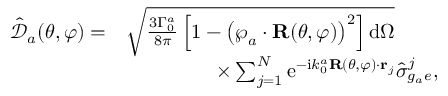
\begin{array} { r l } { \mathcal { \hat { \mathcal { D } } } _ { a } ( \theta , \varphi ) = } & { \sqrt { \frac { 3 \Gamma _ { 0 } ^ { a } } { 8 \pi } \left[ 1 - \left( \boldsymbol { \wp } _ { a } \cdot \mathbf { R } ( \theta , \varphi ) \right) ^ { 2 } \right] \mathrm { d } \Omega } } \\ & { \; \; \; \; \; \; \; \; \; \; \; \; \; \; \; \; \times \sum _ { j = 1 } ^ { N } \mathrm { e } ^ { - \mathrm { i } k _ { 0 } ^ { a } \mathbf { R } ( \theta , \varphi ) \cdot { \bf r } _ { j } } \hat { \sigma } _ { g _ { a } e } ^ { j } , } \end{array}